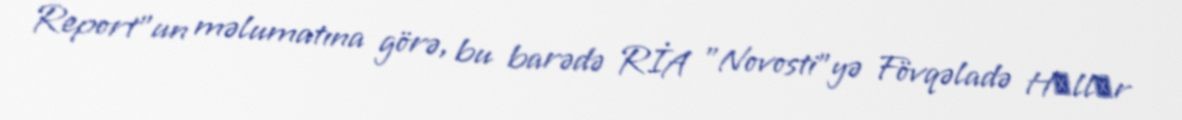
Report"un məlumatına görə, bu barədə RİA "Novosti"yə Fövqəladə Hаllаr